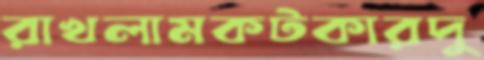
রাখলামকটকারদু